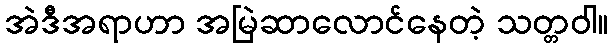
အဲဒီအရာဟာ အမြဲဆာလောင်နေတဲ့ သတ္တဝါ။